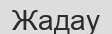
Жадау